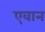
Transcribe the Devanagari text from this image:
एवान